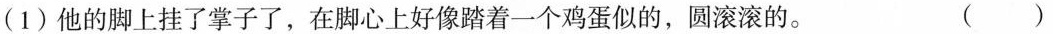
(1)他的脚上挂了掌子了，在脚心好像踏着一个鸡蛋似的，圆滚滚的。()